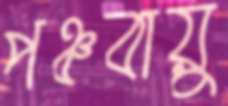
পঞ্চবায়ু